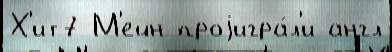
Х'ит7 М'ейн проjигра́л'и англ